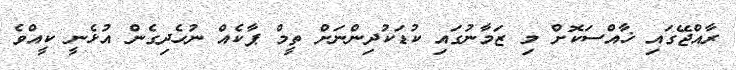
ރާއްޖޭގައި ޚާއްސަކޮށް މި ޒަމާނުގައި ކުޑަކުދިންނަށް ތީމް ޕާކެއް ނުހެދިގެން އުޅެނީ ކީއްވެ